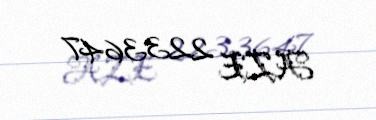
AZE 2233647